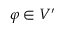
\varphi \in V ^ { \prime }